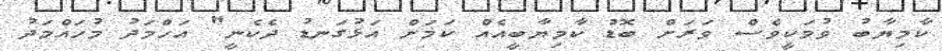
ކާމިޔާބު ވުމަކީވެސް ވަރަށް ބޮޑު ކާމިޔާބީއެއް ކަމަށް އަޅުގަނޑު ދެކެނީ" އަހްމަދު މުހައްމަދު